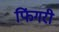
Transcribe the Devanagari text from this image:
फिंगरी